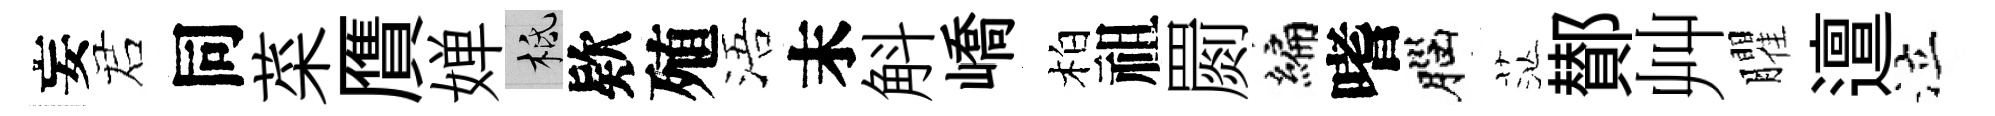
妄诺同菜贋婵柢欵殖浯末斛嶠柏祖罽编嗜腦茫鄼艸臞邅泣